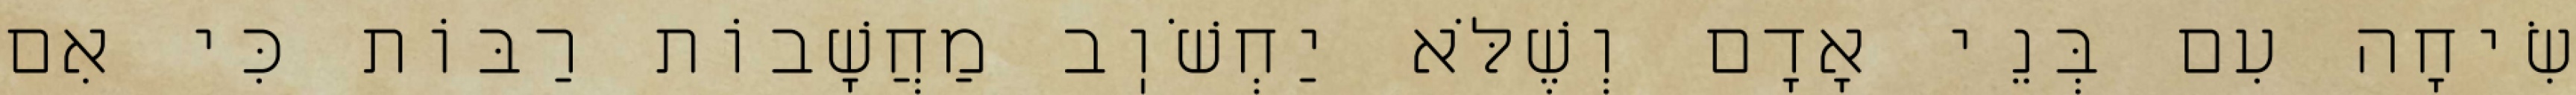
שִׂיחָה עִם בְּנֵי אָדָם וְשֶׁלֹּא יַחְשֹׁוֽב מַחֲשָׁבוֹת רַבּוֹת כִּי אִם